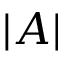
| A |